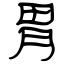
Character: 胃